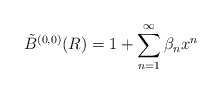
\begin{align*}\tilde B^{(0,0)}(R) = 1 + \sum_{n=1}^\infty \beta_n x^n\end{align*}